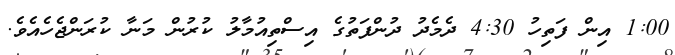
1:00 އިން ފަތިހު 4:30 ދެމެދު ދުންފަތުގެ އިސްތިއުމާލު ކުރުން މަނާ ކުރަންޖެހެއެވެ.